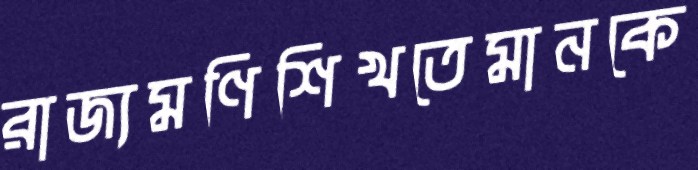
রাজ্যমণিশিখতেমানকে